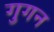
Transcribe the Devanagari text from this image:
गुगन